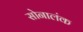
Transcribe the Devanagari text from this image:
सोनालंक